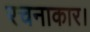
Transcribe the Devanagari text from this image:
रचनाकार।